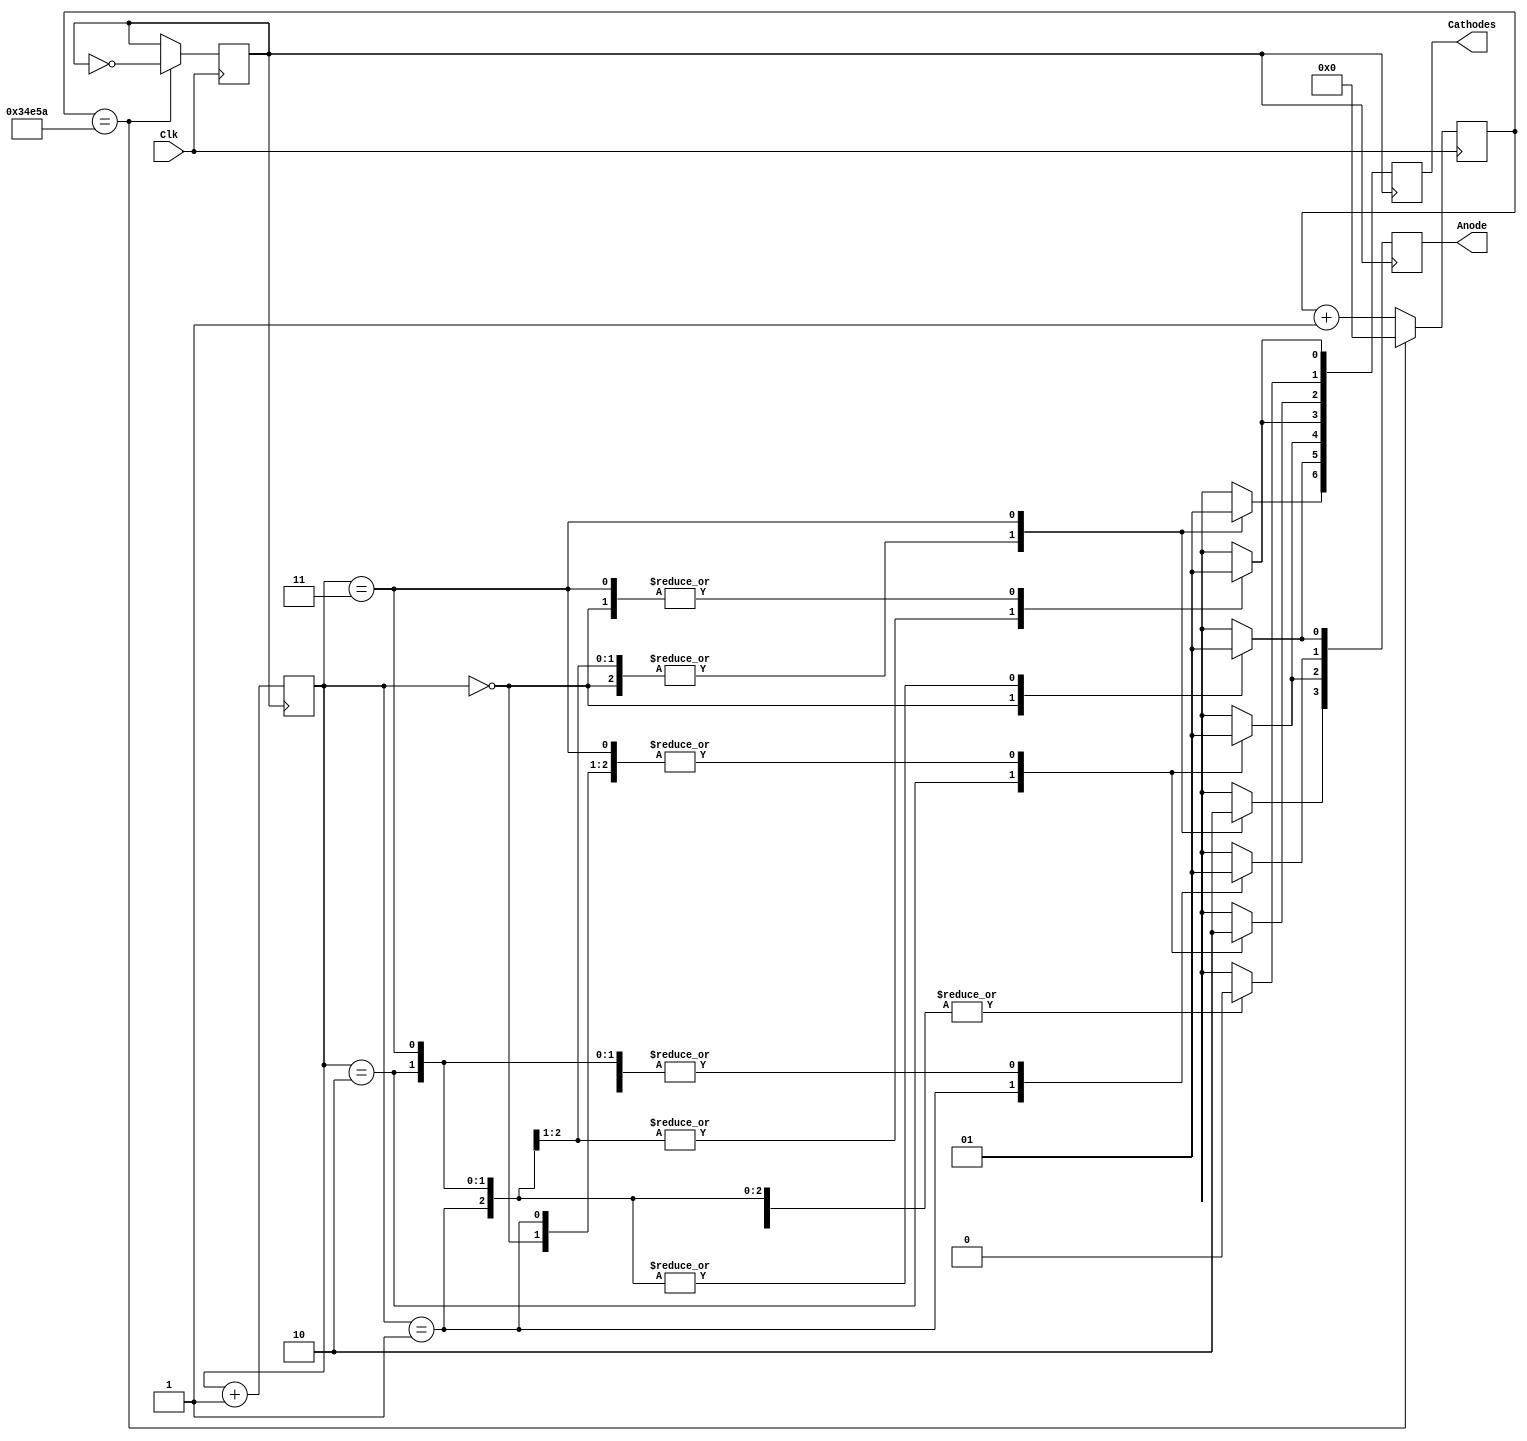
module Week8Lab(
    input Clk,
    output reg [6:0] Cathodes,
    output reg [3:0] Anode
    );
    
    reg[1:0 ] digit = 2'b00;
    
    reg [27:0] Count;
    reg Rate;
    // Initialization
    initial begin
        Count = 0;
        Rate = 0;
        end
        
    // Converts to 240 Hz
    always @ (posedge Clk)
        begin
             
             if (Count == 216666)
             begin
                Rate = ~Rate;
                Count = 0;
             end
             else
             begin
                Count = Count + 1;
                end
        end
    
    // Turns on each led at 240hz per second
    always @ (posedge Rate)
    begin
        case (digit)
            // 4
        2'b00: begin
                    Anode[0] = 0;
                    Anode[1] = 1;
                    Anode[2] = 1;
                    Anode[3] = 1;
                    Cathodes[0] = 1;
                     Cathodes[1] = 0;
                     Cathodes[2] = 0;
                     Cathodes[3] = 1;
                     Cathodes[4] = 1;
                     Cathodes[5] = 0;
                     Cathodes[6] = 0;
                end
                // 3
        2'b01: begin
                     Anode[0] = 1;
                           Anode[1] = 0;
                           Anode[2] = 1;
                           Anode[3] = 1;
                    Cathodes[0] = 0;
                     Cathodes[1] = 0;
                     Cathodes[2] = 0;
                     Cathodes[3] = 0;
                     Cathodes[4] = 1;
                     Cathodes[5] = 1;
                     Cathodes[6] = 0;
                end
                
                // 2
        2'b10: begin
                    Anode[0] = 1;
                           Anode[1] = 1;
                           Anode[2] = 0;
                           Anode[3] = 1;
                    Cathodes[0] = 0;
                     Cathodes[1] = 0;
                     Cathodes[2] = 1;
                     Cathodes[3] = 0;
                     Cathodes[4] = 0;
                     Cathodes[5] = 1;
                     Cathodes[6] = 0;
                end
                
                // 1
        2'b11: begin
                     Anode[0] = 1;
                           Anode[1] = 1;
                           Anode[2] = 1;
                           Anode[3] = 0;
                    Cathodes[0] = 1;
                     Cathodes[1] = 0;
                     Cathodes[2] = 0;
                     Cathodes[3] = 1;
                     Cathodes[4] = 1;
                     Cathodes[5] = 1;
                     Cathodes[6] = 1;
                end
        
        
        endcase
        digit = digit + 1;
        
    end 


endmodule